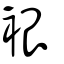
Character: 裉